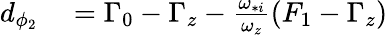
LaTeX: \begin{array}{rl}{d_{\phi_{2}}}&{{}=\Gamma_{0}-\Gamma_{z}-\frac{\omega_{*i}}{\omega_{z}}\left(F_{1}-\Gamma_{z}\right)}\end{array}